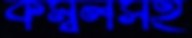
কম্বলসহ